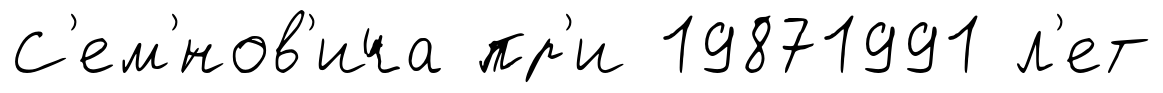
С'ем'́нов'ича пр'и 19871991 л'ет